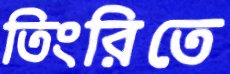
তিংরিতে